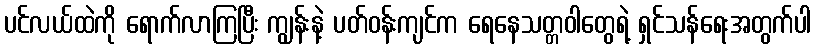
ပင်လယ်ထဲကို ရောက်လာကြပြီး ကျွန်းနဲ့ ပတ်ဝန်းကျင်က ရေနေသတ္တဝါတွေရဲ့ ရှင်သန်ရေးအတွက်ပါ